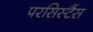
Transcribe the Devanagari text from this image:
परसिस्टैंस